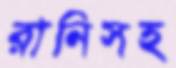
রানিসহ